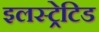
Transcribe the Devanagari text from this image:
इलस्ट्रेटिड